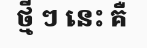
ថ្មី ៗ នេះ គឺ